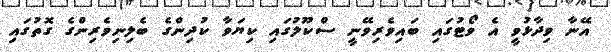
އޭނާ ވިދާޅުވީ އެ ވޯޓުގައި ބައިވެރިވޭނީ ސްކޫލުގައި ކިޔަވާ ކުދިންގެ ބެލިނިވެރިންގެ ގޮތުގައި